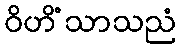
ဝိဟိံသာသညံ